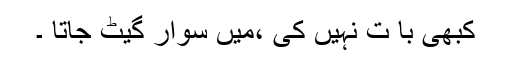
کبھی با ت نہیں کی ،میں سوار گیٹ جاتا ۔